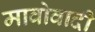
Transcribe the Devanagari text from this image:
मावोवादी